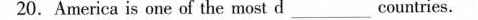
20.America is one of the most d___ countries.